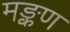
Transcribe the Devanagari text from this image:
मङ्कण